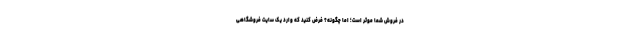
در فروش شما موثر است؛ اما چگونه؟ فرض کنید که وارد یک سایت فروشگاهی